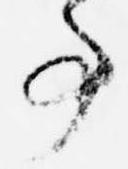
事